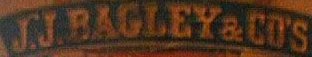
J.J.BAGLEY&COS